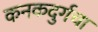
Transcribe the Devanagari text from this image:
कनकदुर्गचा